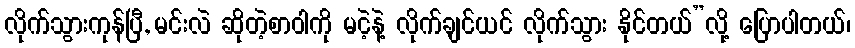
လိုက်သွားကုန်ပြီ, မင်းလဲ ဆိုတဲ့စာဝါကို မငဲ့နဲ့ လိုက်ချင်ယင် လိုက်သွား နိုင်တယ်”လို့ ပြောပါတယ်၊